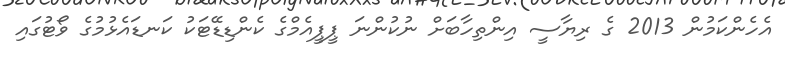
އެހެންކަމުން 2013 ގެ ރިޔާސީ އިންތިހާބަށް ނުކުންނަ ޕީޕީއެމްގެ ކެންޑިޑޭޓަކު ކަނޑައެޅުމުގެ ވޯޓުގައި